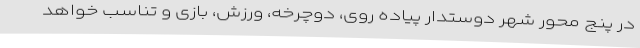
در پنج محور شهر دوستدار پیاده روی، دوچرخه، ورزش، بازی و تناسب خواهد